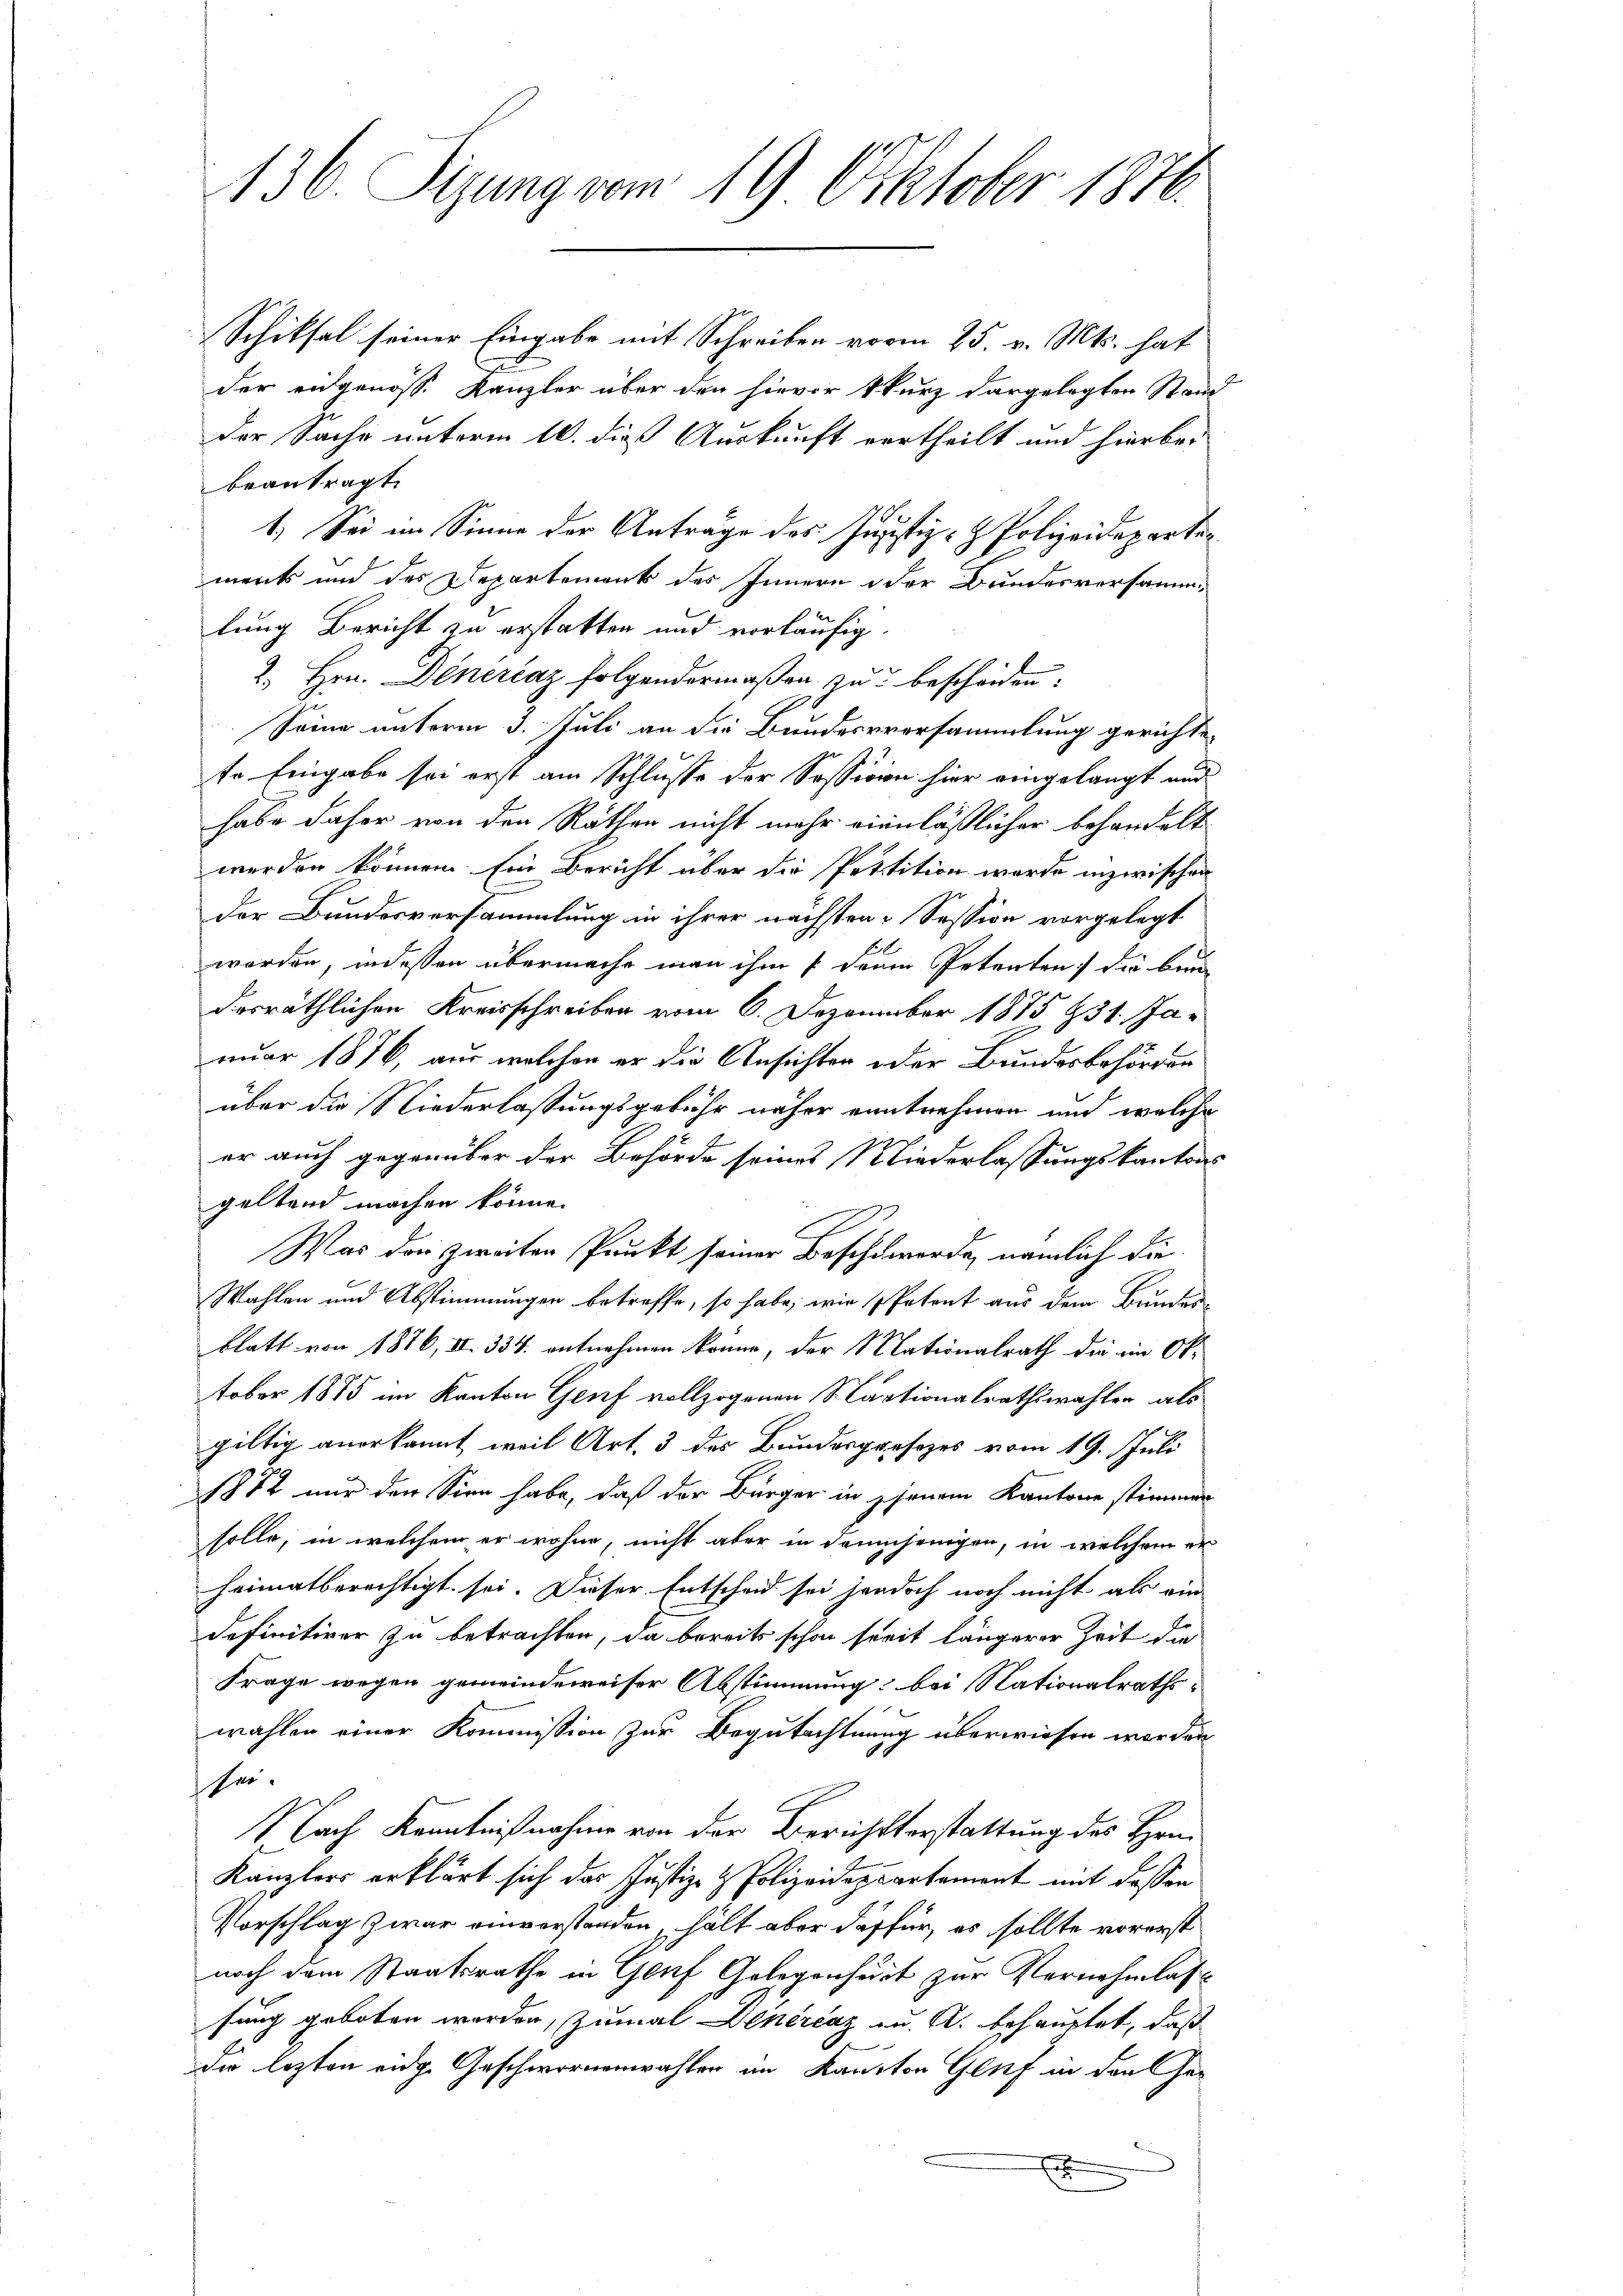
136. Sigung vom 19 Oktober 1872.

Schiksal seiner Eingabe mit Schreiben vom 25. v. Mts. hat
der eidgenoss. Kanzler über den hievor kurz dargelegten Stand
der Sache unterm 10. dieß Auskunft vertheilt und hierbei
beantragt.
1. Sei im Sinne der Antrage des Justiz- & Polizeideparten
ment und das Departement des Innern oder Bundesversammlung Bericht zu erstatten und vorläufig.
2. Hrn. Dinerčaz folgendermaßen zu bescheiden:
Seine unterm 3. Juli an die Bundesvorsammlung gerichtete Eingabe sei erst am Schlusse der Sessione hier eingelangt und
habe daher von den Räthen nicht mehr einnläßlicher behandelt
werden können. Ein Bericht über die Pettition werde inzwischen
der Bundesversammlung in ihrer nächsten Session vorgelegt
worden, indessen übermache man ihm / dere Petenten) die bund
desräthlichen Kreisschreiben vom 6. Dezember 1875 931. Januar 1876, aus welchen er die Ansichter oder Bundesbehörden
über die Niederlassungsgebühr näher eintnehmen und welche
er auch gegenüber der Behörde seines Niederlassungskanton
geltend machen könne.
Was das zweiten Punkt seiner Beschwerde, nämlich die
Wahlen und Abstimmungen betreffe, so habe, wie Petent aus dem Bunden
blatt von 1876, II 334. entnehmen könne, der Nationalrath die im Ok-
tober 1875 im Kanton Genf vollzogenen Martionalrathswahler als
gültig anerkannt, weil Art. 3 des Bundespresezes vom 19. Juli
1872 nur den Sinn habe, daß der Bürger in jenem Kantone stimmen
solle, in welchem er wohne, nicht aber in demichenigen, in welchem er
heimatberechtigt sei. Dieser Entscheid sei jedoch noch nicht als ein
definitiver zu betrachten, da bereits schon serit längerer Zeit die
Frage wegen gemeindeweiser Abstimmung bei Nationalraths-
wahlen einer Kommission zur Begutachtung überwiesen worden
her
Nach Kenntnißnahme von der Berichtserstattung des Hrn.
Kanzlers erklärt sich das Justiz- & Polizeidepartement mit dessen
Vorschlag zwar einverstanden, hält aber dafür, es sollte vorerst
noch dem Staatsrathe in Genf Gelegenheit zur Vernehmlassung geboten werden, zumal Dinérčaz zu. A. behauptet, daß
da lezten eidge Geschwornenwahlen im Kanton Glif in den Ge¬
E
5